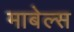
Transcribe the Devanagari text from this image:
माबेल्स